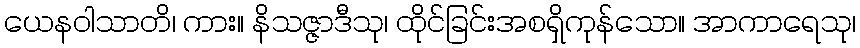
ယေနဝါသာတိ၊ ကား။ နိသဇ္ဇာဒီသု၊ ထိုင်ခြင်းအစရှိကုန်သော။ အာကာရေသု၊